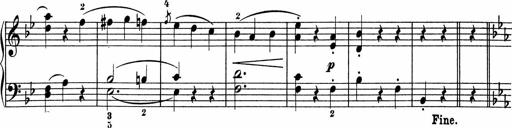
Title: 5 Sonatinen fÃ¼r die Jugend
Composer: Carl Reinecke